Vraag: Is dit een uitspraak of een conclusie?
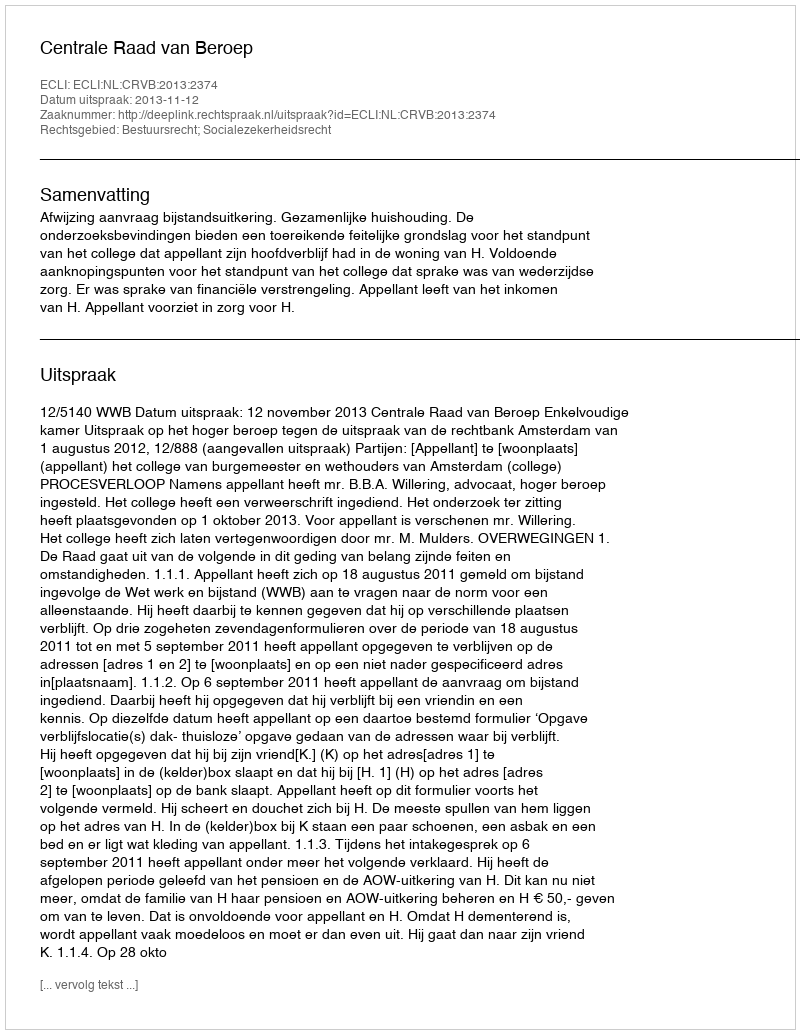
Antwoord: Uitspraak